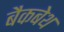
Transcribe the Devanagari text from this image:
बैकबेथ